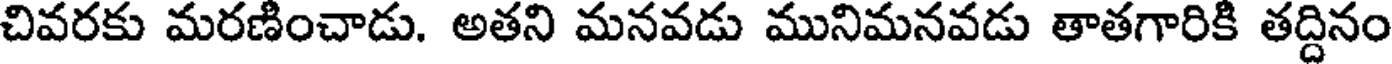
చివరకు మరణించాడు. అతని మనవడు మునిమనవడు తాతగారికి తద్దినం